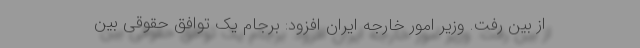
از بین رفت. وزیر امور خارجه ایران افزود: برجام یک توافق حقوقی بین